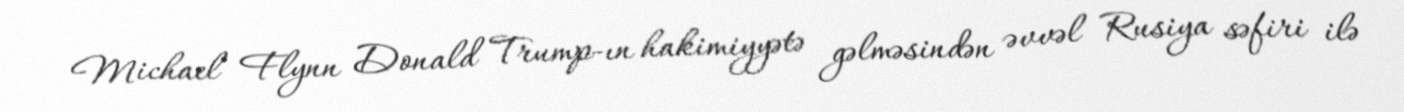
Michael Flynn Donald Trump-ın hakimiyyətə gəlməsindən əvvəl Rusiya səfiri ilə